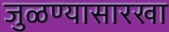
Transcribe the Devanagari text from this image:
जुळण्यासारखा